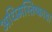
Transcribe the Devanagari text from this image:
अधिमस्तिष्काचा